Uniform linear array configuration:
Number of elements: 48
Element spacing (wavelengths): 0.75
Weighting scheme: hann
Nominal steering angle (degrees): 30
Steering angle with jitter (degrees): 28.039
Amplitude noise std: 0.05
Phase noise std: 0.05

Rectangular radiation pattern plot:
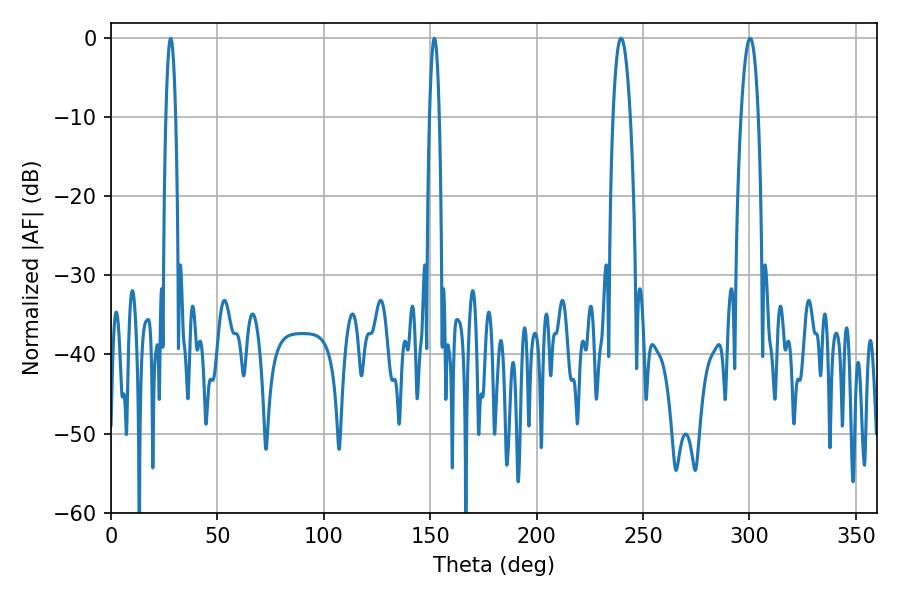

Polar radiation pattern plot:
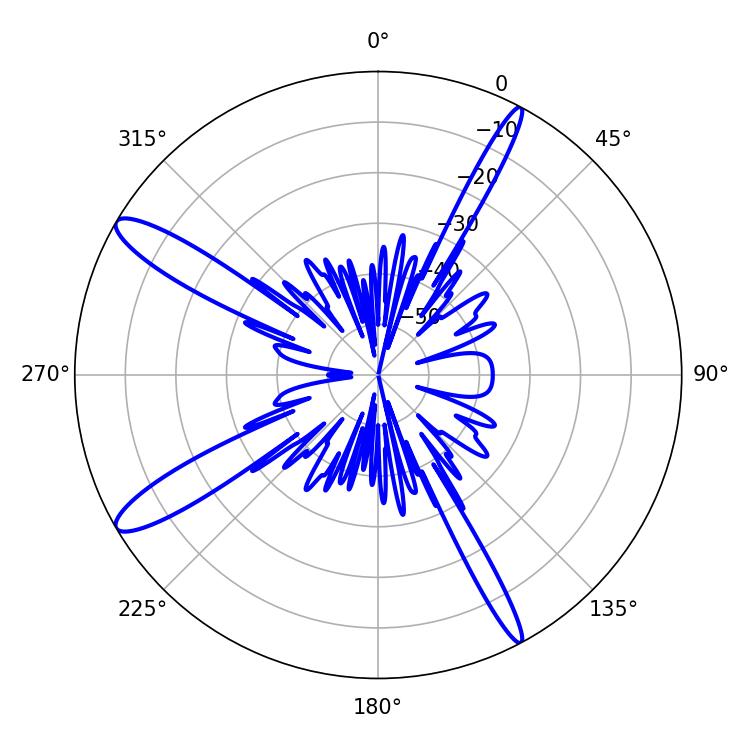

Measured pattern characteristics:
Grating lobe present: TRUE
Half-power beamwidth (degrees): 2.52
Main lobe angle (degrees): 151.92